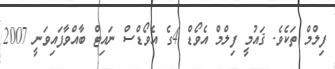
ފިލްމް ތަކެވެ. ޤައުމީ ފިލްމް އެވޯޑް 4ގެ އެވޯޑްސް ނައިޓް ބާއްވާފައިވަނީ 2007